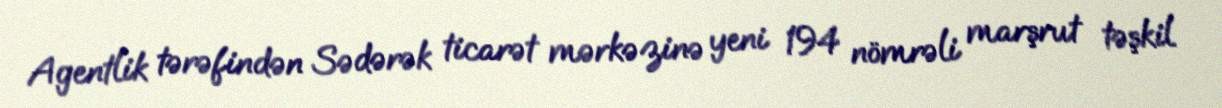
Agentlik tərəfindən Sədərək ticarət mərkəzinə yeni 194 nömrəli marşrut təşkil